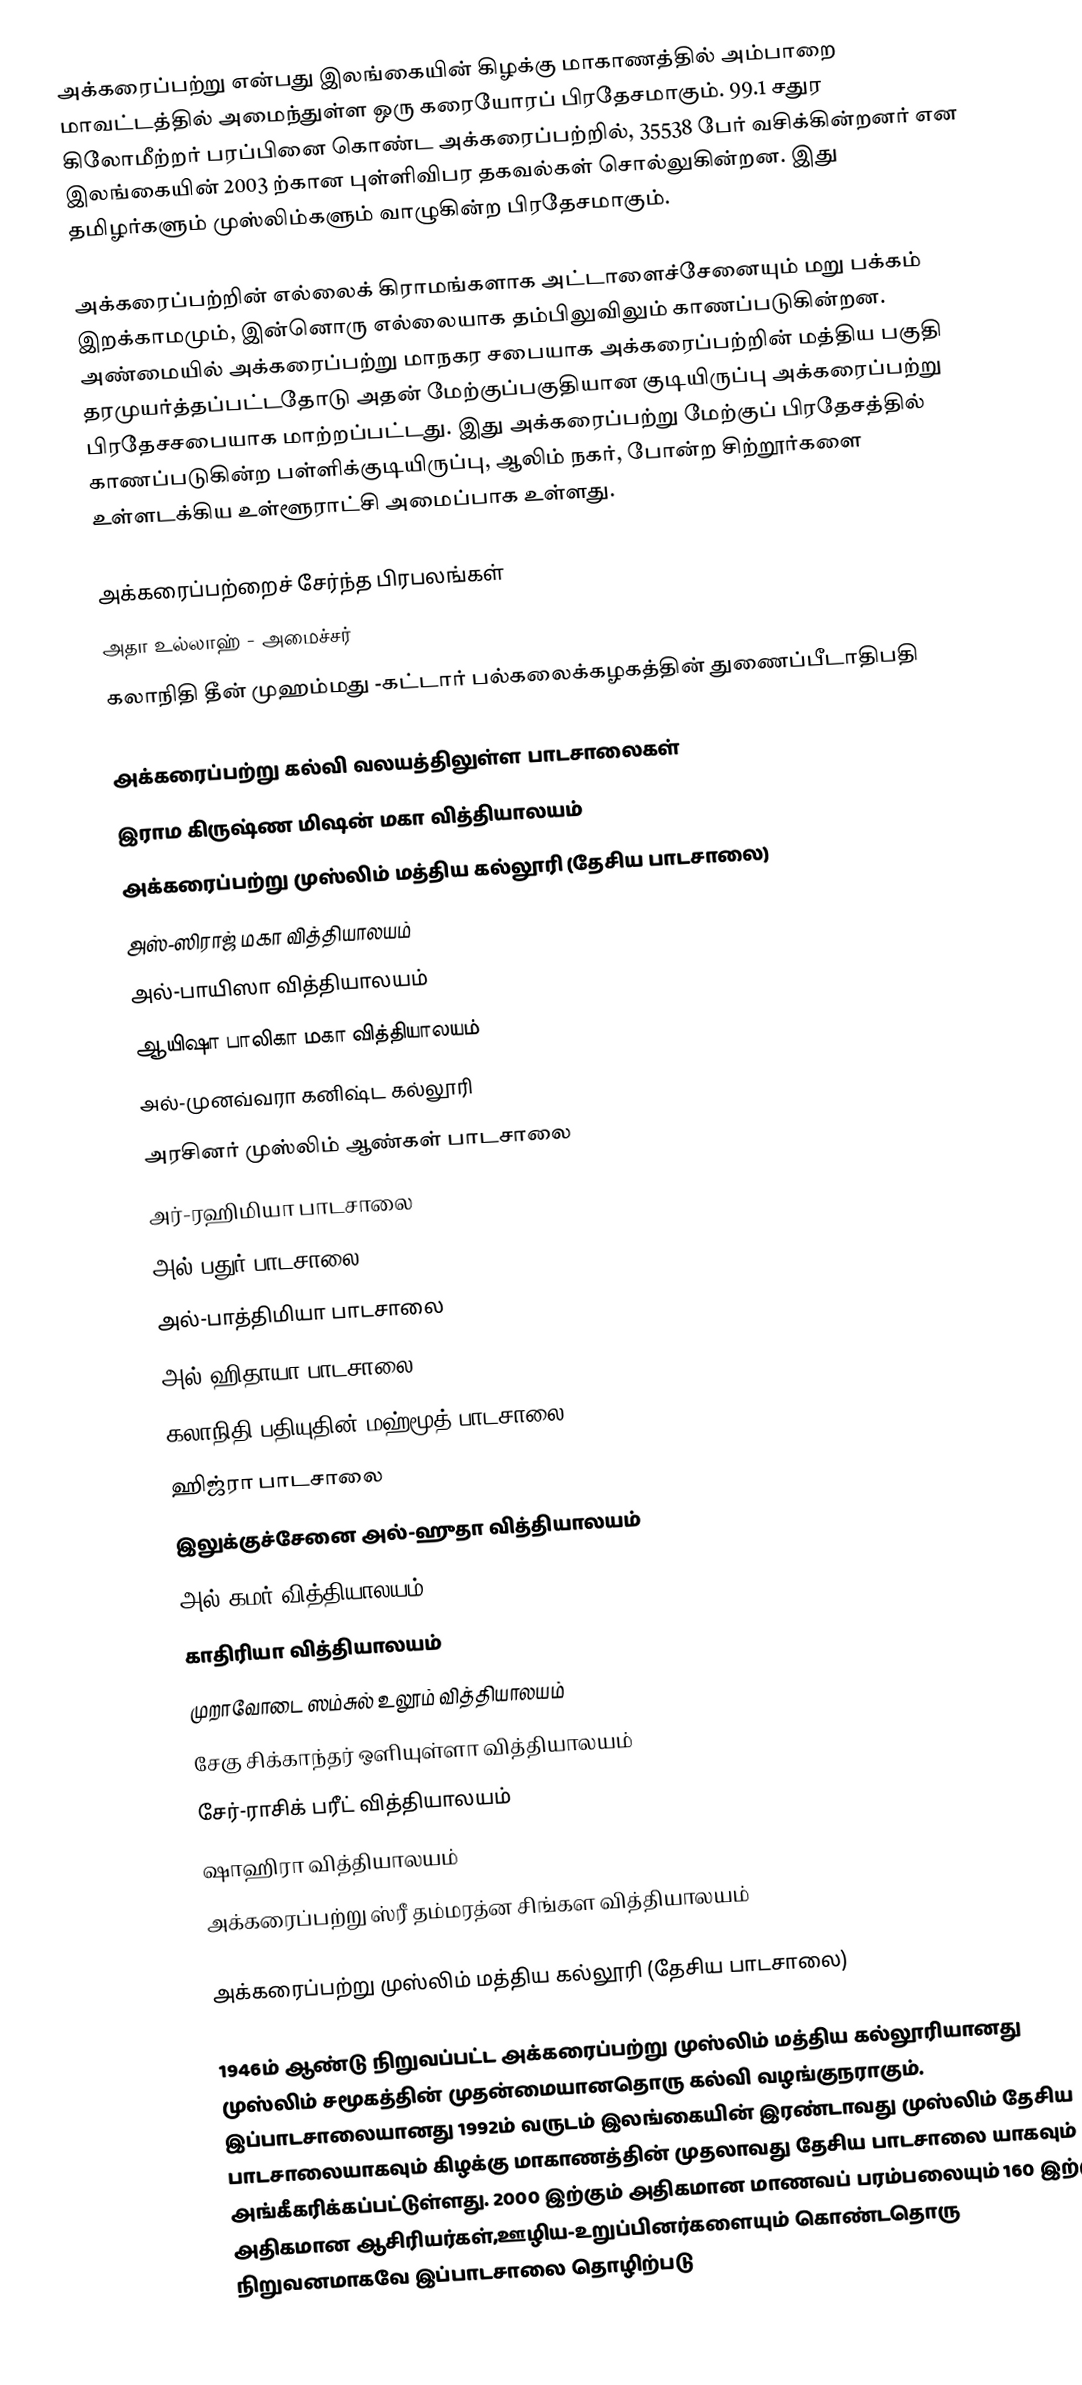
அக்கரைப்பற்று என்பது இலங்கையின் கிழக்கு மாகாணத்தில் அம்பாறை மாவட்டத்தில் அமைந்துள்ள ஒரு கரையோரப் பிரதேசமாகும். 99.1 சதுர கிலோமீற்றர் பரப்பினை கொண்ட அக்கரைப்பற்றில், 35538 பேர் வசிக்கின்றனர் என இலங்கையின் 2003 ற்கான புள்ளிவிபர தகவல்கள் சொல்லுகின்றன. இது தமிழர்களும் முஸ்லிம்களும் வாழுகின்ற பிரதேசமாகும்.

அக்கரைப்பற்றின் எல்லைக் கிராமங்களாக அட்டாளைச்சேனையும் மறு பக்கம் இறக்காமமும், இன்னொரு எல்லையாக தம்பிலுவிலும் காணப்படுகின்றன. அண்மையில் அக்கரைப்பற்று மாநகர சபையாக  அக்கரைப்பற்றின் மத்திய பகுதி தரமுயர்த்தப்பட்டதோடு அதன் மேற்குப்பகுதியான குடியிருப்பு அக்கரைப்பற்று பிரதேசசபையாக மாற்றப்பட்டது.  இது அக்கரைப்பற்று மேற்குப் பிரதேசத்தில் காணப்படுகின்ற பள்ளிக்குடியிருப்பு, ஆலிம் நகர், போன்ற சிற்றூர்களை உள்ளடக்கிய உள்ளூராட்சி அமைப்பாக உள்ளது.

அக்கரைப்பற்றைச் சேர்ந்த பிரபலங்கள்
அதா உல்லாஹ் - அமைச்சர்
கலாநிதி தீன் முஹம்மது -கட்டார் பல்கலைக்கழகத்தின் துணைப்பீடாதிபதி

அக்கரைப்பற்று கல்வி வலயத்திலுள்ள பாடசாலைகள்
இராம கிருஷ்ண மிஷன் மகா வித்தியாலயம்
அக்கரைப்பற்று முஸ்லிம் மத்திய கல்லூரி (தேசிய பாடசாலை)
அஸ்-ஸிராஜ் மகா வித்தியாலயம்
அல்-பாயிஸா வித்தியாலயம்
ஆயிஷா பாலிகா மகா வித்தியாலயம்
அல்-முனவ்வரா கனிஷ்ட கல்லூரி
அரசினர் முஸ்லிம் ஆண்கள் பாடசாலை
அர்-ரஹிமியா பாடசாலை
அல்-பதுர் பாடசாலை
அல்-பாத்திமியா பாடசாலை
அல்-ஹிதாயா பாடசாலை
கலாநிதி பதியுதின் மஹ்மூத் பாடசாலை
ஹிஜ்ரா பாடசாலை
இலுக்குச்சேனை அல்-ஹுதா வித்தியாலயம்
அல்-கமர் வித்தியாலயம்
காதிரியா வித்தியாலயம்
முறாவோடை ஸம்சுல் உலூம் வித்தியாலயம்
சேகு சிக்காந்தர் ஒளியுள்ளா வித்தியாலயம்
சேர்-ராசிக் பரீட் வித்தியாலயம்
ஷாஹிரா வித்தியாலயம்
அக்கரைப்பற்று ஸ்ரீ தம்மரத்ன சிங்கள வித்தியாலயம்

அக்கரைப்பற்று முஸ்லிம் மத்திய கல்லூரி (தேசிய பாடசாலை)

1946ம் ஆண்டு நிறுவப்பட்ட அக்கரைப்பற்று முஸ்லிம் மத்திய கல்லூரியானது முஸ்லிம் சமூகத்தின் முதன்மையானதொரு கல்வி வழங்குநராகும். இப்பாடசாலையானது 1992ம் வருடம் இலங்கையின் இரண்டாவது முஸ்லிம் தேசிய பாடசாலையாகவும் கிழக்கு மாகாணத்தின் முதலாவது தேசிய பாடசாலை யாகவும் அங்கீகரிக்கப்பட்டுள்ளது. 2000 இற்கும் அதிகமான மாணவப் பரம்பலையும் 160 இற்கும் அதிகமான ஆசிரியர்கள்,ஊழிய-உறுப்பினர்களையும் கொண்டதொரு நிறுவனமாகவே இப்பாடசாலை தொழிற்படு